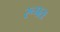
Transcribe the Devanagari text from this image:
रूपतः